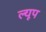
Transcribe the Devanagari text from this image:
ल्यूप